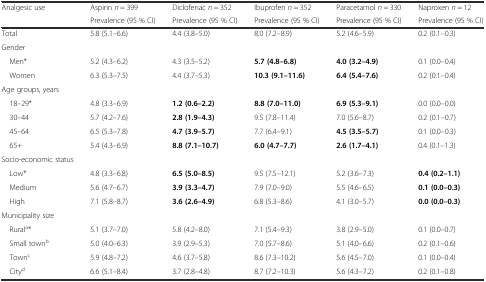
<table><thead><tr><td><b>Analgesic use</b></td><td><b>Aspirin <i>n</i> = 399</b></td><td><b>Diclofenac <i>n</i> = 352</b></td><td><b>Ibuprofen <i>n</i> = 352</b></td><td><b>Paracetamol <i>n</i> = 330</b></td><td><b>Naproxen <i>n</i> = 12</b></td></tr><tr><td></td><td><b>Prevalence (95 % CI)</b></td><td><b>Prevalence (95 % CI)</b></td><td><b>Prevalence (95 % CI)</b></td><td><b>Prevalence (95 % CI)</b></td><td><b>Prevalence (95 % CI)</b></td></tr></thead><tbody><tr><td>Total</td><td>5.8 (5.1–6.6)</td><td>4.4 (3.8–5.0)</td><td>8.0 (7.2–8.9)</td><td>5.2 (4.6–5.9)</td><td>0.2 (0.1–0.3)</td></tr><tr><td>Gender</td><td></td><td></td><td></td><td></td><td></td></tr><tr><td> Men*</td><td>5.2 (4.3–6.2)</td><td>4.3 (3.5–5.2)</td><td><b>5.7 (4.8–6.8)</b></td><td><b>4.0 (3.2–4.9)</b></td><td>0.1 (0.0–0.4)</td></tr><tr><td> Women</td><td>6.3 (5.3–7.5)</td><td>4.4 (3.7–5.3)</td><td><b>10.3 (9.1–11.6)</b></td><td><b>6.4 (5.4–7.6)</b></td><td>0.2 (0.1–0.4)</td></tr><tr><td>Age groups, years</td><td></td><td></td><td></td><td></td><td></td></tr><tr><td> 18–29*</td><td>4.8 (3.3–6.9)</td><td><b>1.2 (0.6–2.2)</b></td><td><b>8.8 (7.0–11.0)</b></td><td><b>6.9 (5.3–9.1)</b></td><td>0.0 (0.0–0.0)</td></tr><tr><td> 30–44</td><td>5.7 (4.2–7.6)</td><td><b>2.8 (1.9–4.3)</b></td><td>9.5 (7.8–11.4)</td><td>7.0 (5.6–8.7)</td><td>0.2 (0.1–0.7)</td></tr><tr><td> 45–64</td><td>6.5 (5.3–7.8)</td><td><b>4.7 (3.9–5.7)</b></td><td>7.7 (6.4–9.1)</td><td><b>4.5 (3.5–5.7)</b></td><td>0.1 (0.0–0.3)</td></tr><tr><td> 65+</td><td>5.4 (4.3–6.9)</td><td><b>8.8 (7.1–10.7)</b></td><td><b>6.0 (4.7–7.7)</b></td><td><b>2.6 (1.7–4.1)</b></td><td>0.4 (0.1–1.3)</td></tr><tr><td>Socio-economic status</td><td></td><td></td><td></td><td></td><td></td></tr><tr><td> Low*</td><td>4.8 (3.3–6.8)</td><td><b>6.5 (5.0–8.5)</b></td><td>9.5 (7.5–12.1)</td><td>5.2 (3.6–7.3)</td><td><b>0.4 (0.2–1.1)</b></td></tr><tr><td> Medium</td><td>5.6 (4.7–6.7)</td><td><b>3.9 (3.3–4.7)</b></td><td>7.9 (7.0–9.0)</td><td>5.5 (4.6–6.5)</td><td><b>0.1 (0.0–0.3)</b></td></tr><tr><td> High</td><td>7.1 (5.8–8.7)</td><td><b>3.6 (2.6–4.9)</b></td><td>6.8 (5.3–8.6)</td><td>4.1 (3.0–5.7)</td><td><b>0.0 (0.0–0.3)</b></td></tr><tr><td>Municipality size</td><td></td><td></td><td></td><td></td><td></td></tr><tr><td> Rural<sup>a</sup>*</td><td>5.1 (3.7–7.0)</td><td>5.8 (4.2–8.0)</td><td>7.1 (5.4–9.3)</td><td>3.8 (2.9–5.0)</td><td>0.1 (0.0–0.7)</td></tr><tr><td> Small town<sup>b</sup></td><td>5.0 (4.0–6.3)</td><td>3.9 (2.9–5.3)</td><td>7.0 (5.7–8.6)</td><td>5.1 (4.0–6.6)</td><td>0.2 (0.1–0.6)</td></tr><tr><td> Town<sup>c</sup></td><td>5.9 (4.8–7.2)</td><td>4.6 (3.7–5.8)</td><td>8.6 (7.3–10.2)</td><td>5.6 (4.5–7.0)</td><td>0.1 (0.0–0.4)</td></tr><tr><td> City<sup>d</sup></td><td>6.6 (5.1–8.4)</td><td>3.7 (2.8–4.8)</td><td>8.7 (7.2–10.3)</td><td>5.6 (4.3–7.2)</td><td>0.2 (0.1–0.8)</td></tr></tbody></table>